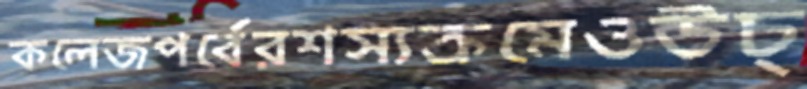
কলেজপর্বেরশস্যক্রমেওউচ্